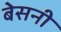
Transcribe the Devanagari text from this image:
बेसनी